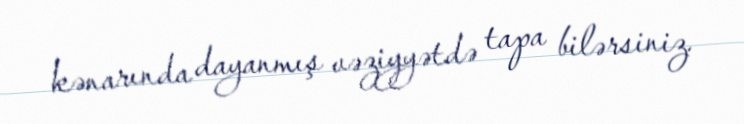
kənarında dayanmış vəziyyətdə tapa bilərsiniz.